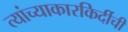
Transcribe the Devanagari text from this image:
त्यांच्याकारकिर्दीची